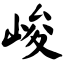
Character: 峻